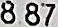
8.87